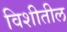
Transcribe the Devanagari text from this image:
विशीतील